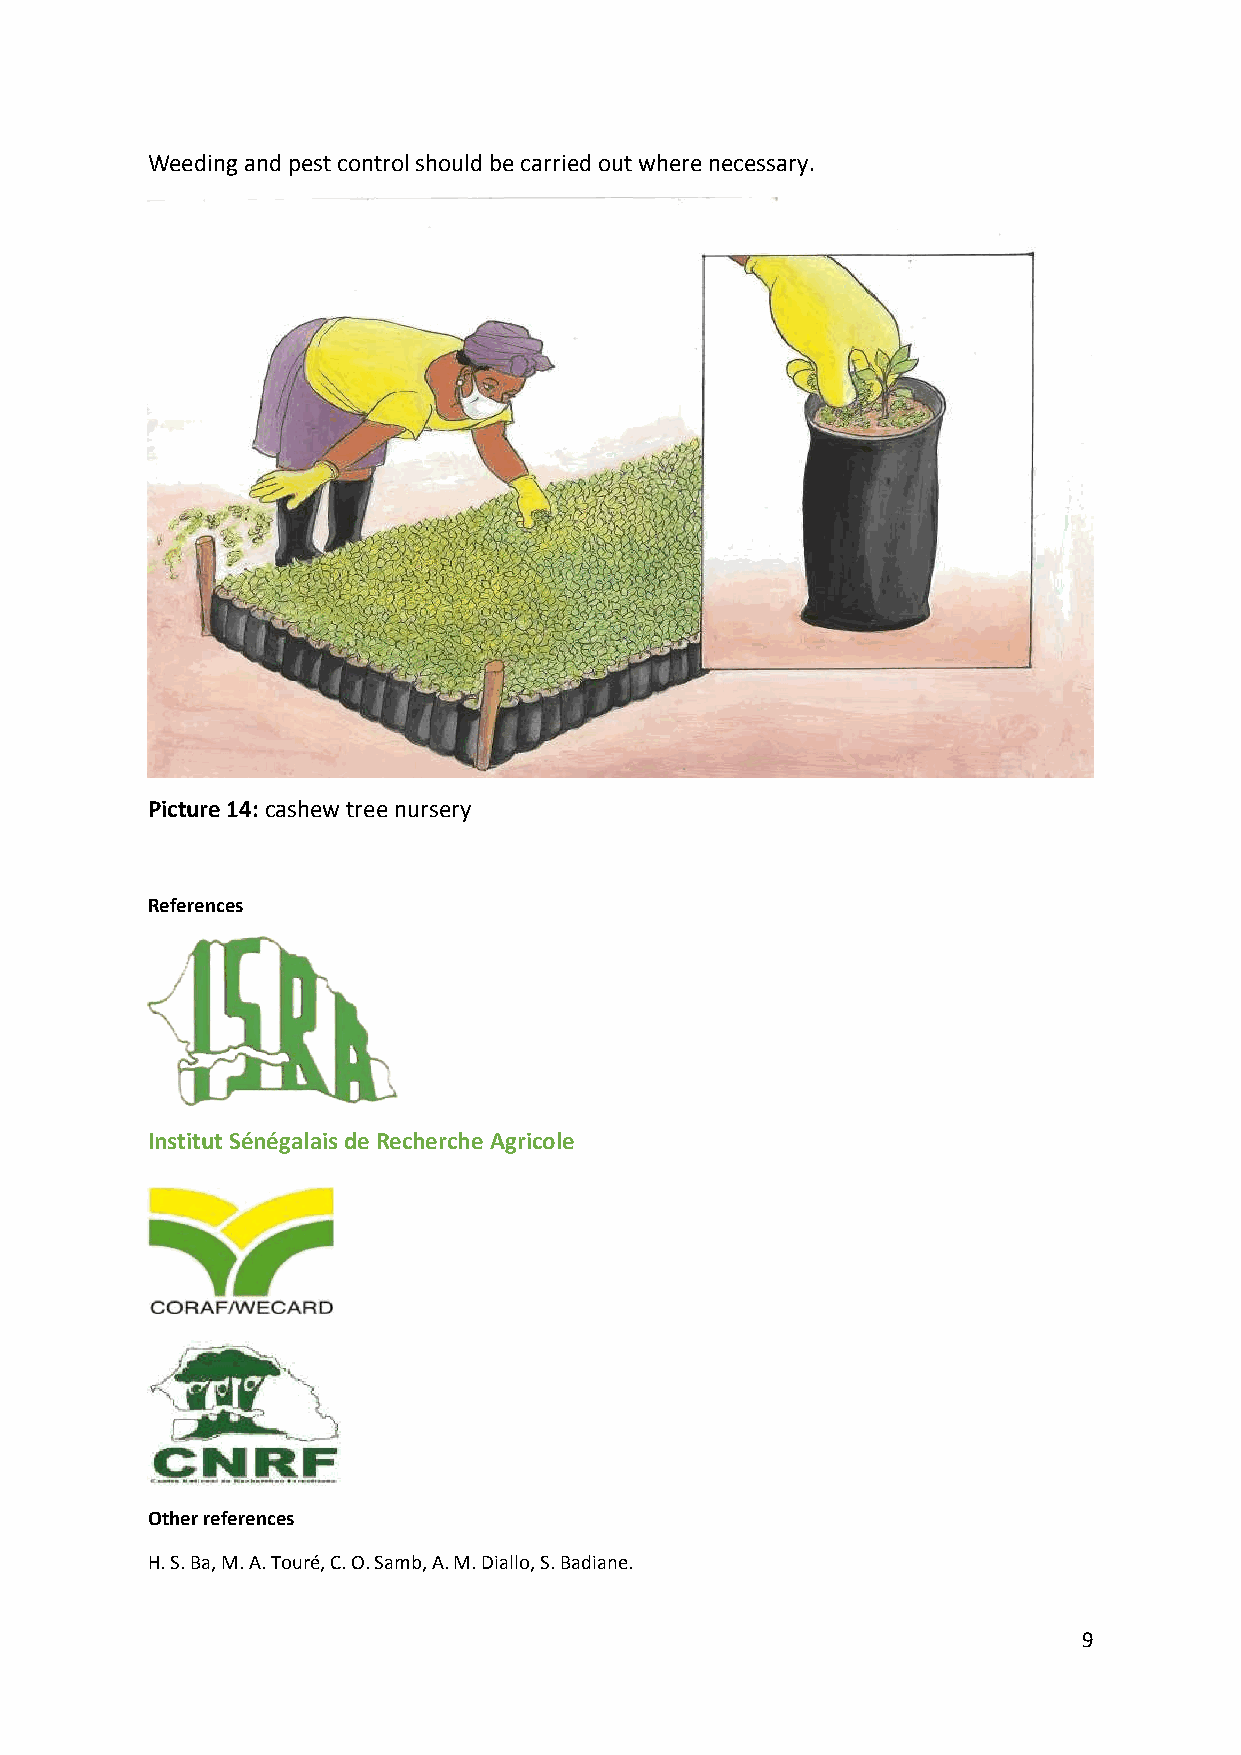
Weeding and pest control should be carried out where necessary.
 Picture 14: cashew tree nursery
 References
 Institut Sénégalais de Recherche Agricole
 Other references
 H. S. Ba, M. A. Touré, C. O. Samb, A. M. Diallo, S. Badiane.
 9